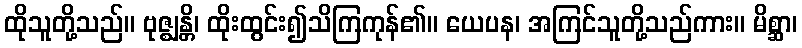
ထိုသူတို့သည်။ ဗုဇ္ဈန္တိ၊ ထိုးထွင်း၍သိကြကုန်၏။ ယေပန၊ အကြင်သူတို့သည်ကား။ မိစ္ဆာ၊